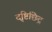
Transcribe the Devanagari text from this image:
दृष्टिछिद्र